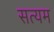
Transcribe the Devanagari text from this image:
सत्यम